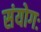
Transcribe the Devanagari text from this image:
संयोगः